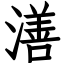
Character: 㵛